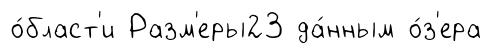
о́бласт'и Разм'еры23 да́нным о́з'ера